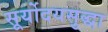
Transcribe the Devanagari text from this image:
सूर्योदयसुद्धा